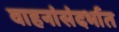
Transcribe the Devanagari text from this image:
वाहनांसंदर्भात